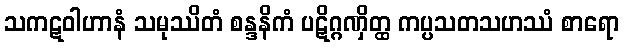
သကဋဝါဟာနံ သမုဿိတံ စန္ဒနိကံ ပဋိဂ္ဂဏှိတ္ထ ကပ္ပသတသဟဿံ စာရော